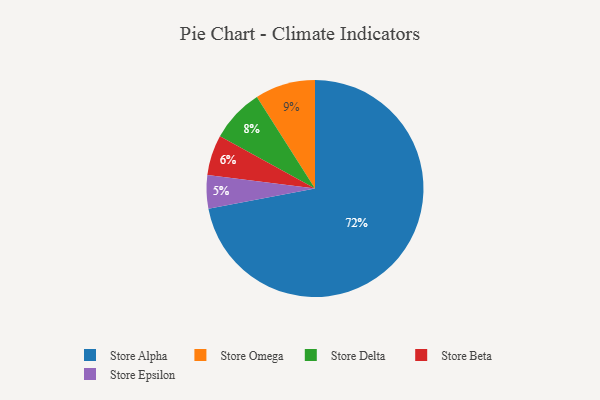
{"axis": {"x": "Category", "y": "Percentage"}, "legend": ["Store Alpha", "Store Beta", "Store Delta", "Store Epsilon", "Store Omega"], "data": [{"x": "Store Delta", "y": 8, "type": "Store Delta"}, {"x": "Store Alpha", "y": 72, "type": "Store Alpha"}, {"x": "Store Omega", "y": 9, "type": "Store Omega"}, {"x": "Store Beta", "y": 6, "type": "Store Beta"}, {"x": "Store Epsilon", "y": 5, "type": "Store Epsilon"}]}